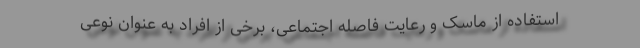
استفاده از ماسک و رعایت فاصله اجتماعی، برخی از افراد به عنوان نوعی